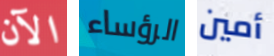
الآن الرؤساء أمين